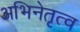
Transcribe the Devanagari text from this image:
अभिनेतृत्व